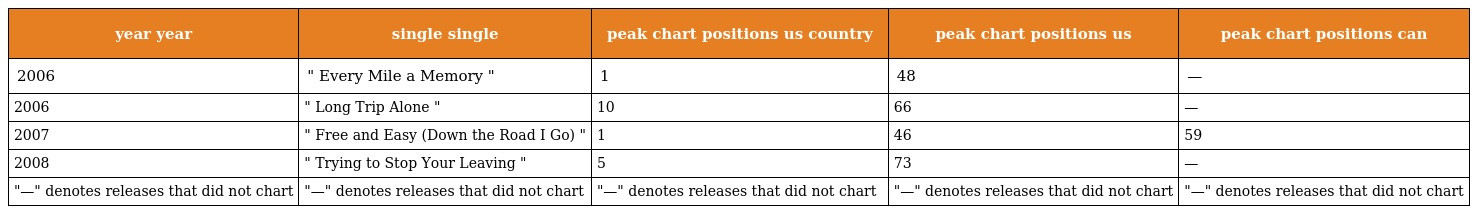
| year year | single single | peak chart positions us country | peak chart positions us | peak chart positions can |
 | --- | --- | --- | --- | --- |
 | 2006 | " Every Mile a Memory " | 1 | 48 | — |
 | 2006 | " Long Trip Alone " | 10 | 66 | — |
 | 2007 | " Free and Easy (Down the Road I Go) " | 1 | 46 | 59 |
 | 2008 | " Trying to Stop Your Leaving " | 5 | 73 | — |
 | "—" denotes releases that did not chart | "—" denotes releases that did not chart | "—" denotes releases that did not chart | "—" denotes releases that did not chart | "—" denotes releases that did not chart |